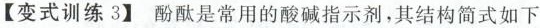
【变式训练3】酚酞是常用的酸碱指示剂，其结构简式如下